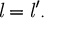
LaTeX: { { \mathit { l } } = { \mathit { l } } ^ { \prime } } .